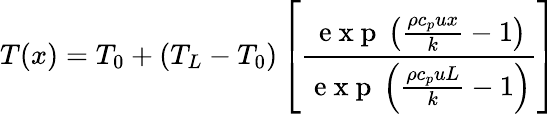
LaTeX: T(x)=T_{0}+(T_{L}-T_{0})\left[\frac{\mathrm{~e~x~p~}\left(\frac{\rho c_{p}ux}{k}-1\right)}{\mathrm{~e~x~p~}\left(\frac{\rho c_{p}uL}{k}-1\right)}\right]